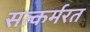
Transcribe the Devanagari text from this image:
सत्कर्मरत